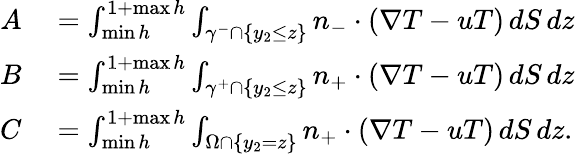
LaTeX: \begin{array}{rl}{A}&{{}=\int_{\operatorname*{min}h}^{1+\operatorname*{max}h}\int_{\gamma^{-}\cap\{ y_{2}\leq z\} }n_{-}\cdot(\nabla T-uT)\, dS\, dz}\\ {B}&{{}=\int_{\operatorname*{min}h}^{1+\operatorname*{max}h}\int_{\gamma^{+}\cap\{ y_{2}\leq z\} }n_{+}\cdot(\nabla T-uT)\, dS\, dz}\\ {C}&{{}=\int_{\operatorname*{min}h}^{1+\operatorname*{max}h}\int_{\Omega\cap\{ y_{2}=z\} }n_{+}\cdot(\nabla T-uT)\, dS\, dz.}\end{array}